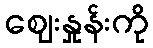
ဈေးနှုန်းကို